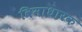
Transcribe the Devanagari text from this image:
विमाधारक